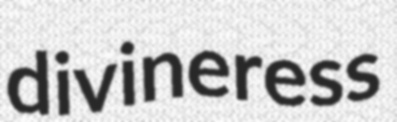
divineress